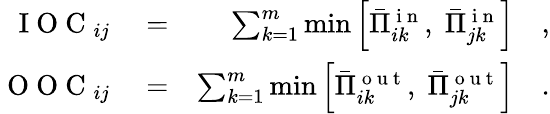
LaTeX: \begin{array}{rlr}{\mathrm{~I~O~C~}_{ij}}&{{}=}&{\sum_{k=1}^{m}\operatorname*{min}\left[\bar{\Pi}_{ik}^{\mathrm{~i~n~}},\; \bar{\Pi}_{jk}^{\mathrm{~i~n~}}\right]\quad,}\\ {\mathrm{~O~O~C~}_{ij}}&{{}=}&{\sum_{k=1}^{m}\operatorname*{min}\left[\bar{\Pi}_{ik}^{\mathrm{~o~u~t~}},\; \bar{\Pi}_{jk}^{\mathrm{~o~u~t~}}\right]\quad.}\end{array}